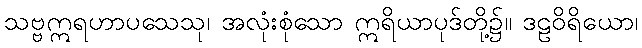
သဗ္ဗဣရဟာပသေသု၊ အလုံးစုံသော ဣရိယာပုဒ်တို့၌။ ဒဠဝိရိယော၊